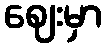
ဈေးမှာ